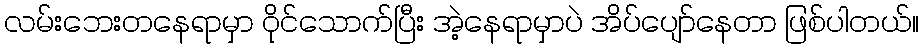
လမ်းဘေးတနေရာမှာ ဝိုင်သောက်ပြီး အဲ့နေရာမှာပဲ အိပ်ပျော်နေတာ ဖြစ်ပါတယ်။